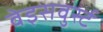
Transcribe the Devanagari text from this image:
वेइसवुर्स्ट